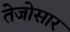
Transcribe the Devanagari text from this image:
तेजोसार